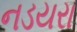
નડયરા